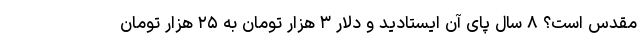
مقدس است؟ ۸ سال پای آن ایستادید و دلار ۳ هزار تومان به ۲۵ هزار تومان